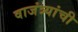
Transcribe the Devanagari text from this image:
वाजंत्र्यांची